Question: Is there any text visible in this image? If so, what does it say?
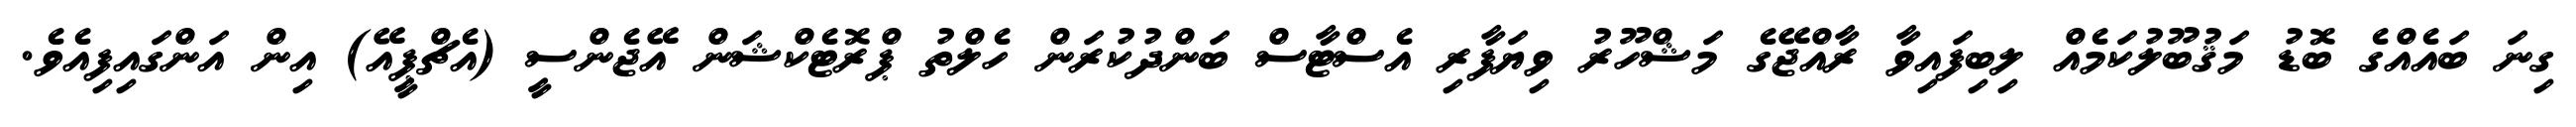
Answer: ގިނަ ބައެއްގެ ބޮޑު މަޤުބޫލުކަމެއް ލިބިފައިވާ ރާއްޖޭގެ މަޝްހޫރު ވިޔަފާރި އެސްޓާސް ބަންދުކުރަން ހެލްތު ޕްރޮޓެކްޝަން އޭޖެންސީ (އެޗްޕީއޭ) އިން އަންގައިފިއެވެ.